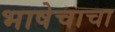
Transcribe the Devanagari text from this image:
भाषेचाचा